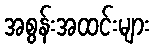
အစွန်းအထင်းများ